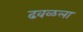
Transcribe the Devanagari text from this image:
ढवळला